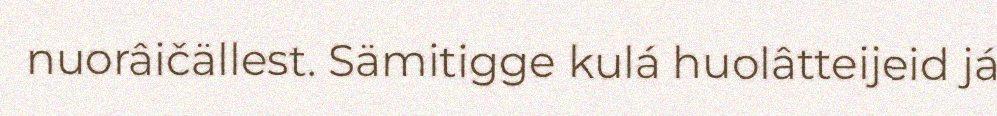
nuorâičällest. Sämitigge kulá huolâtteijeid já